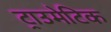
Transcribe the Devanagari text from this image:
ट्राउमेटिक